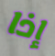
إذا